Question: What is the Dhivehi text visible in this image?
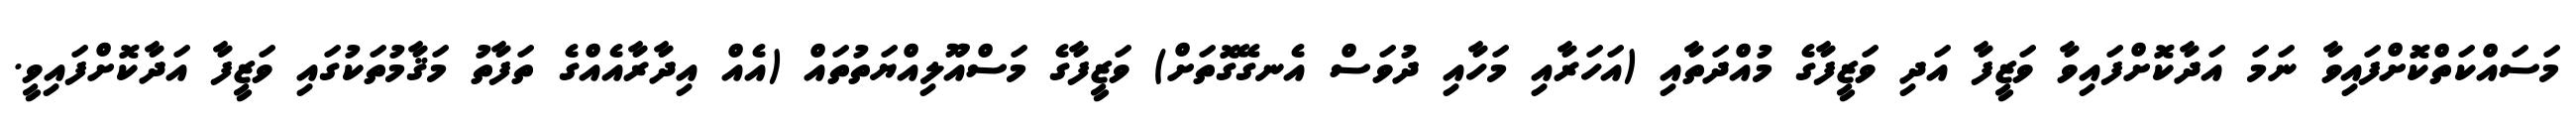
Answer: މަސައްކަތްކޮށްފައިވާ ނަމަ އަދާކޮށްފައިވާ ވަޒީފާ އަދި ވަޒީފާގެ މުއްދަތާއި (އަހަރާއި މަހާއި ދުވަސް އެނގޭގޮތަށް) ވަޒީފާގެ މަސްއޫލިއްޔަތުތައް (އެއް އިދާރާއެއްގެ ތަފާތު މަޤާމުތަކުގައި ވަޒީފާ އަދާކޮށްފައިވީ.